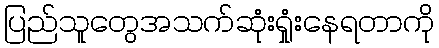
ပြည်သူတွေအသက်ဆုံးရှုံးနေရတာကို